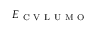
E _ { \mathrm { ~ C ~ V ~ L ~ U ~ M ~ O ~ } }